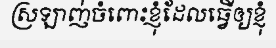
ស្រឡាញ់ចំពោះខ្ញុំដែលធ្វើឲ្យខ្ញុំ